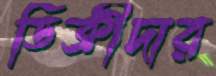
ডিক্রীদার